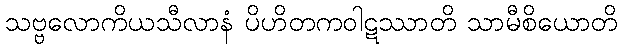
သဗ္ဗလောကိယသီလာနံ ပိဟိတကဝါဋဿာတိ သာမီစိယောတိ